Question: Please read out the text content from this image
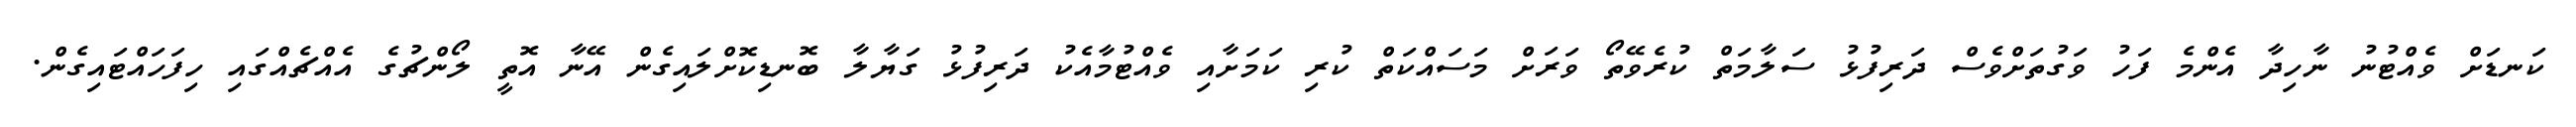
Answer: ކަނޑަށް ވެއްޓުނު ނާހިދާ އެންމެ ފަހު ވަގުތަށްވެސް ދަރިފުޅު ސަލާމަތް ކުރެވޭތޯ ވަރަށް މަސައްކަތް ކުރި ކަމަށާއި ވެއްޓުމާއެކު ދަރިފުޅު ގަޔާލާ ބޮނޑިކޮށްލައިގެން އޭނާ އޮތީ ލޯންޗުގެ އެއްޗެއްގައި ހިފަހައްޓައިގެން.